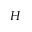
H